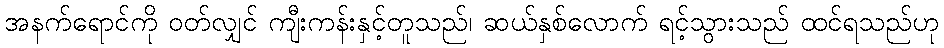
အနက်ရောင်ကို ဝတ်လျှင် ကျီးကန်းနှင့်တူသည်၊ ဆယ်နှစ်လောက် ရင့်သွားသည် ထင်ရသည်ဟု